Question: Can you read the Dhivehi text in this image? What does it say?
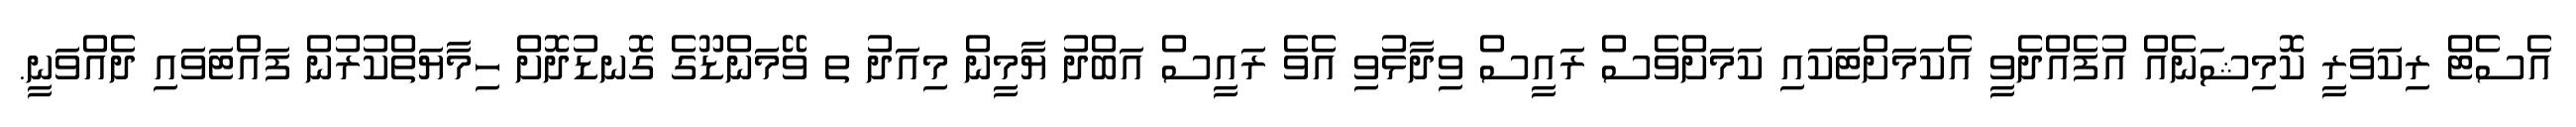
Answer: އެސެޓް ރިކަވަރީ ކޮމިޝަނެއް އުފެއްދެވީ އެކަމަށްޓަކައި ކަމަށްވެސް ރައީސް ވިދާޅުވި އެވެ ރައީސް އަބްދު ޔާމީން މިއަދު ތ ވޭމަންޑޫގެ ގޮނޑުދޮށް ހިމާޔަތްކުރުން ފައްޓަވައި ދެއްވަނީ.